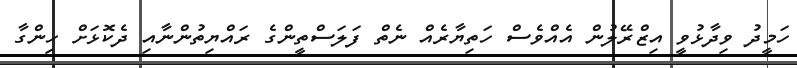
ހަމީދު ވިދާޅުވީ އިޒްރޭލުން އެއްވެސް ހަތިޔާރެއް ނެތް ފަލަސްތީންގެ ރައްޔިތުންނާއި ދެކޮޅަށް ހިންގާ